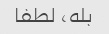
بله، لطفا